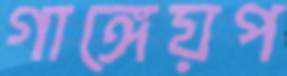
গাঙ্গেয়প